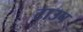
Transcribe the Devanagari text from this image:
टाउप